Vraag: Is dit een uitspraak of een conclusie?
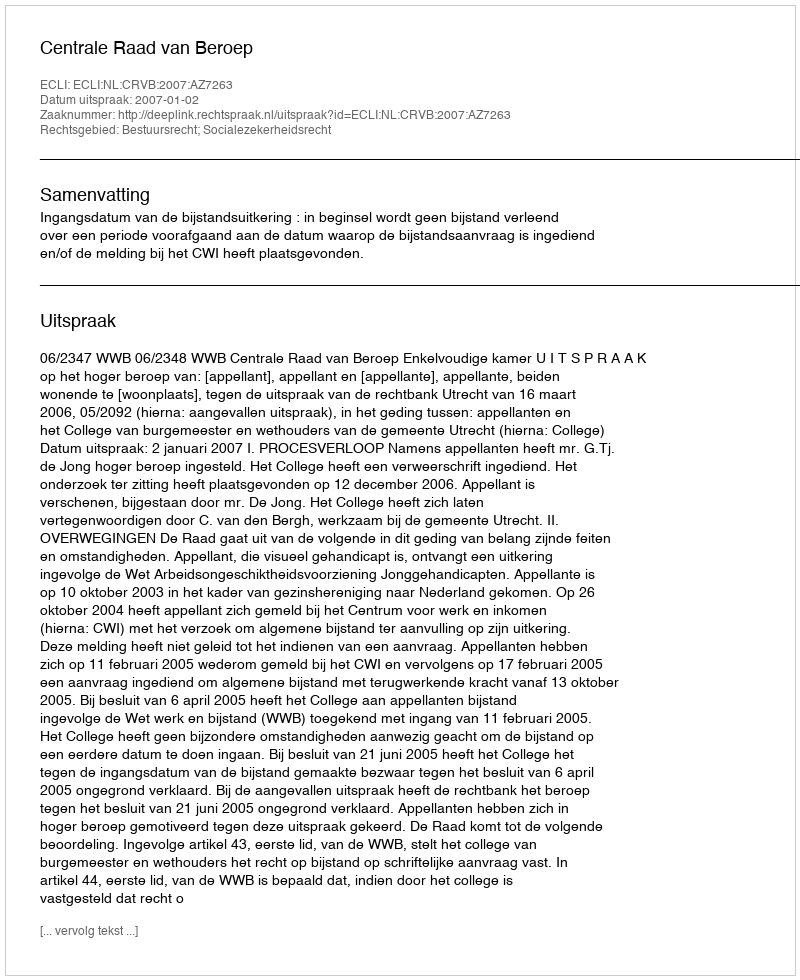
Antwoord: Uitspraak